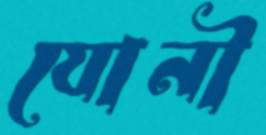
যোনী